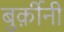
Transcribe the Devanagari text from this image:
बुर्क़ीनी